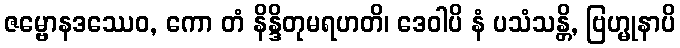
ဇမ္ဗောနဒဿေဝ, ကော တံ နိန္ဒိတုမရဟတိ၊ ဒေဝါပိ နံ ပသံသန္တိ, ဗြဟ္မုနာပိ